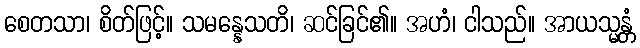
စေတသာ၊ စိတ်ဖြင့်။ သမန္နေသတိ၊ ဆင်ခြင်၏။ အဟံ၊ ငါသည်။ အာယသ္မန္တံ